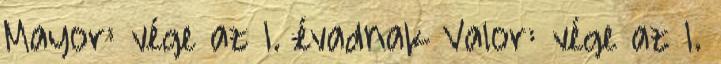
Mayor: vége az 1. évadnak Valor: vége az 1.